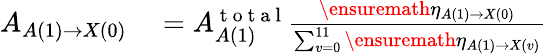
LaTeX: \begin{array}{rl}{A_{A(1)\rightarrow X(0)}}&{{}=A_{A(1)}^{\mathrm{~t~o~t~a~l~}}\frac{\ensuremath{\eta}_{A(1)\rightarrow X(0)}}{\sum_{v=0}^{11}\ensuremath{\eta}_{A(1)\rightarrow X(v)}}}\end{array}